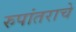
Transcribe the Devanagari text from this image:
रुपांतराचे